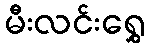
မီးလင်းရွှေ